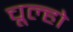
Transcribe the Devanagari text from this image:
चूल्हो